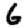
Digit: 6